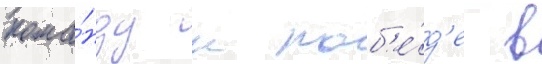
кома́нду к поб'е́д'е в